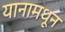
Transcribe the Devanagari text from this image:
यानामधून